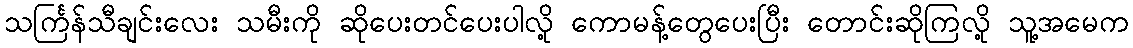
သင်္ကြန်သီချင်းလေး သမီးကို ဆိုပေးတင်ပေးပါလို့ ကောမန့်တွေပေးပြီး တောင်းဆိုကြလို့ သူ့အမေက